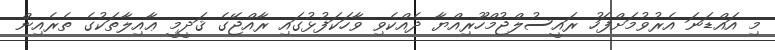
މި އައްޑަނަ އެރުވުމަށްފަހު ރައީސުލްޖުމްހޫރިއްޔާ ދެއްކެވި ވާހަކަފުޅުގައި ރާއްޖޭގެ ޤަދީމީ ޢާއިލާތަކުގެ ތެރެއިން